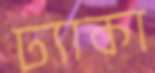
ঢ্যাকা